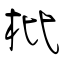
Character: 枇